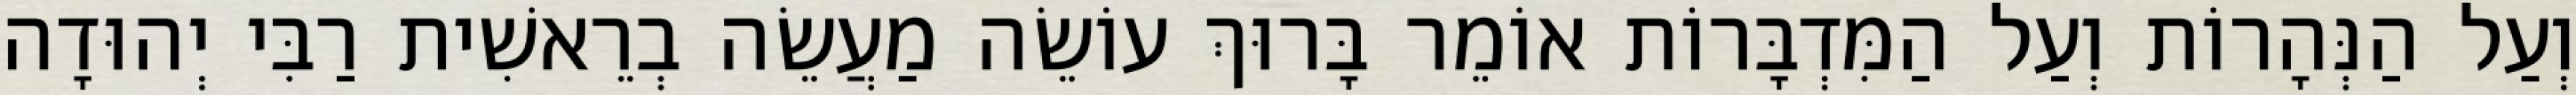
וְעַל הַנְּהָרוֹת וְעַל הַמִּדְבָּרוֹת אוֹמֵר בָּרוּךְ עוֹשֵׂה מַעֲשֵׂה בְרֵאשִׁית רַבִּי יְהוּדָה